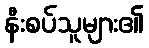
နီးစပ်သူများ၏